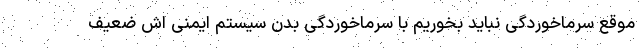
موقع سرماخوردگی نباید بخوریم با سرماخوردگی بدن سیستم ایمنی اش ضعیف